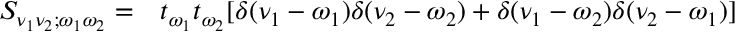
\begin{array} { r l } { S _ { \nu _ { 1 } \nu _ { 2 } ; \omega _ { 1 } \omega _ { 2 } } = } & { { } t _ { \omega _ { 1 } } t _ { \omega _ { 2 } } [ \delta ( \nu _ { 1 } - \omega _ { 1 } ) \delta ( \nu _ { 2 } - \omega _ { 2 } ) + \delta ( \nu _ { 1 } - \omega _ { 2 } ) \delta ( \nu _ { 2 } - \omega _ { 1 } ) ] } \end{array}